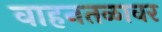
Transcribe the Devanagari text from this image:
वाहनतळावर